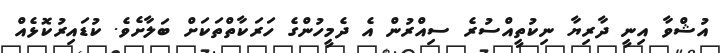
އުޝްވާ އިނީ ދާރިޔާ ނިކުތީއްސުރެ ސިއްރުން އެ ދެމީހުންގެ ހަރަކާތްތަކަށް ބަލާށެވެ. ކުޑައިރުކޮޅެއް